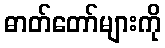
ဓာတ်တော်များကို